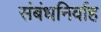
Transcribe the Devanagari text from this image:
संबंधनिर्वाह